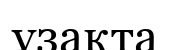
ұзақта